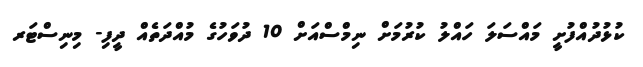
ކުޅުދުއްފުށީ މައްސަލަ ހައްލު ކުރުމަށް ނިމްސްއަށް 10 ދުވަހުގެ މުއްދަތެއް ދީފި- މިނިސްޓަރ